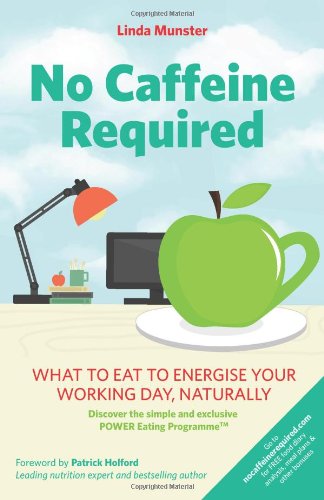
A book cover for No Caffeine Required: What to eat to energise your working day, naturally; Linda Munster; Health, Fitness & Dieting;